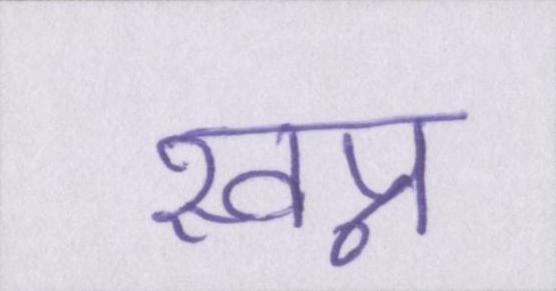
स्वप्न